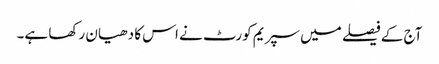
آج کے فیصلے میں سپریم کورٹ نے اس کا دھیان رکھا ہے۔